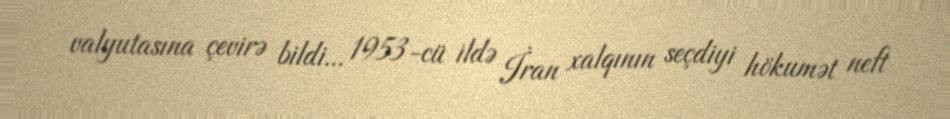
valyutasına çevirə bildi... 1953-cü ildə İran xalqının seçdiyi hökumət neft